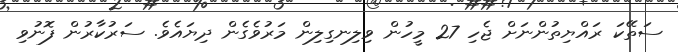
ސަތޭކަ ރައްޔިތުންނަށް ޖެހި 27 މީހުން ވިލިނގިލިން މަރުވެގެން ދިޔައެވެ. ސަރުކާރުން ފޮނުވި